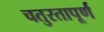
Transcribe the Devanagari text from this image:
चतुरतापूर्ण